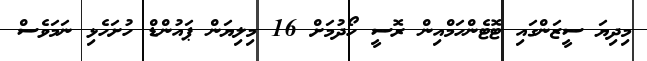
މިދިޔަ ސީޒަންގައި ޓޮޓެންހަމްއިން ރޮސީ ހޯދުމަށް 16 މިލިޔަން ޕައުންޑް ހުށަހެޅި ނަމަވެސް